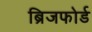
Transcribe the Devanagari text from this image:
ब्रिजफोर्ड